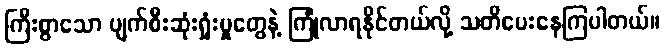
ကြီးစွာသော ပျက်စီးဆုံးရှုံးမှုတွေနဲ့ ကြုံလာရနိုင်တယ်လို့ သတိပေးနေကြပါတယ်။